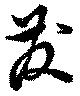
發